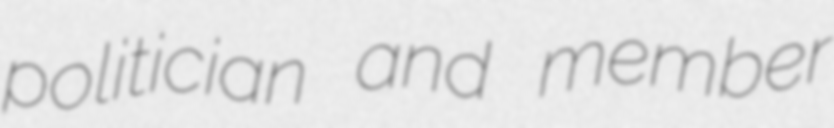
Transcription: politician and member